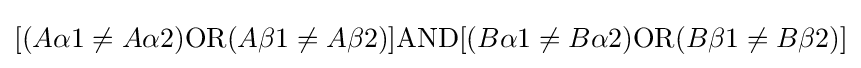
[(A\alpha 1\neq A\alpha 2)\mathrm {OR} (A\beta 1\neq A\beta 2)]\mathrm {AND} [(B\alpha 1\neq B\alpha 2)\mathrm {OR} (B\beta 1\neq B\beta 2)]